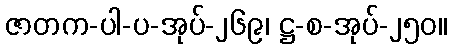
ဇာတက-ပါ-ပ-အုပ်-၂၆၉၊ ဋ္ဌ-စ-အုပ်-၂၅၀။